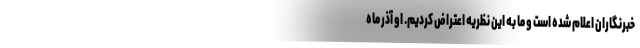
خبرنگاران اعلام شده است و ما به این نظریه اعتراض کردیم. او آذر ماه